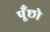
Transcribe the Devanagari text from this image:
पूँछो